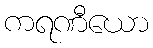
ကရဏီယော